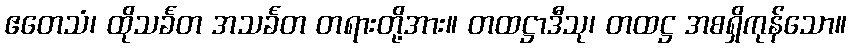
ဧတေသံ၊ ထိုသင်္ခတ အသင်္ခတ တရားတို့အား။ တထဋ္ဌာဒီသု၊ တထဋ္ဌ အစရှိကုန်သော။